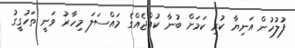
ފުލުހުން އަނިޔާ ކުރި ކަމަށް ބުނާ ކުއްޖެއްގެ މައްސަލަ މިހާރު ވަނީ ތަހުގީގު